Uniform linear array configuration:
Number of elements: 8
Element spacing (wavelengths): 0.25
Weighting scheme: kaiser
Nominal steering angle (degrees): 60
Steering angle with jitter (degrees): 61.181
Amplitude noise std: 0.05
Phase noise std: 0.05

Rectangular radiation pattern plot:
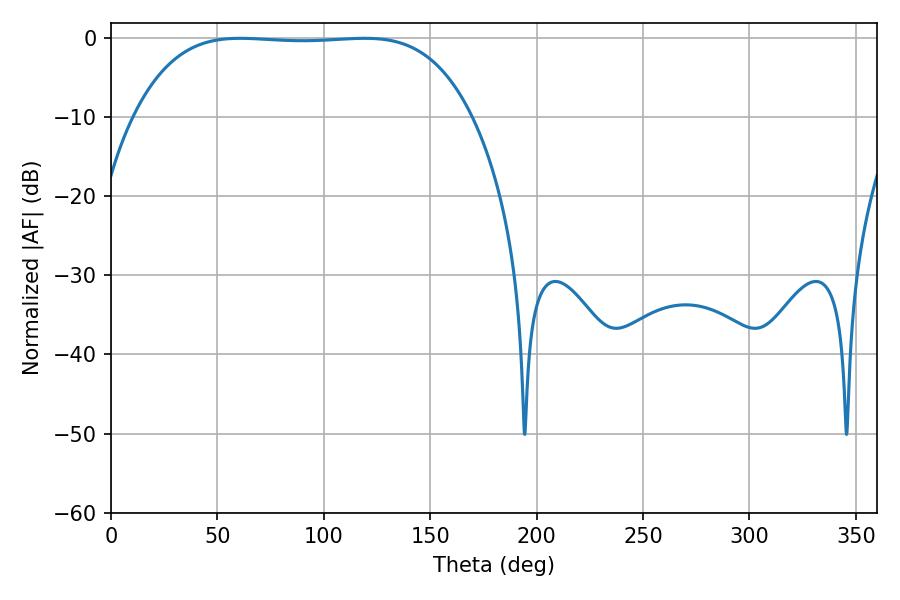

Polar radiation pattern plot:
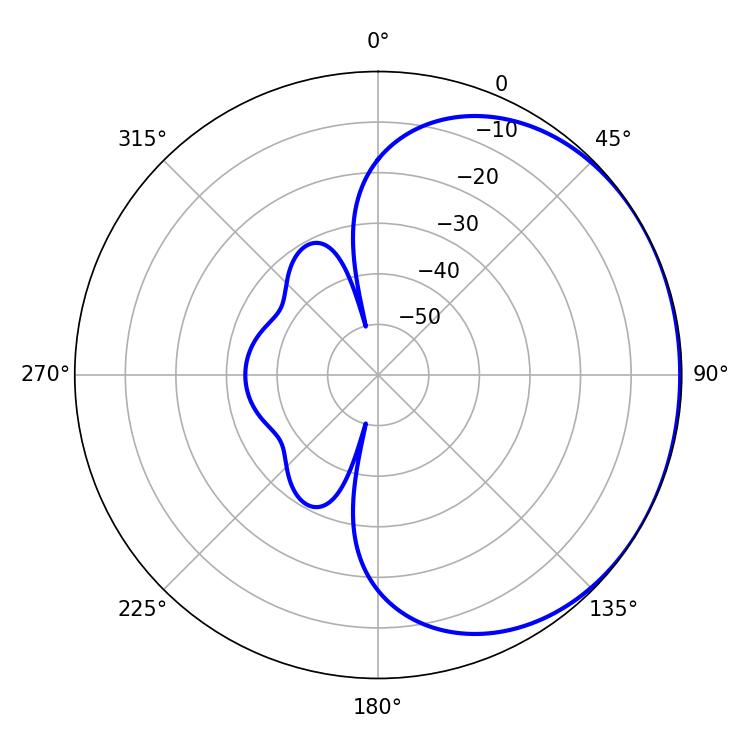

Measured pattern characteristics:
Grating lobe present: FALSE
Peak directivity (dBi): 0.7576
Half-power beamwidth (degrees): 123.12
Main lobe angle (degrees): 60.66